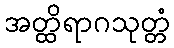
အတ္ထိရာဂသုတ္တံ